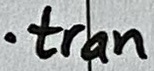
Text: .tran